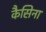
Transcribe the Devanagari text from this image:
कैसिना